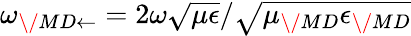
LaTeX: \omega_{{\/ {MD}}\leftarrow}=2\omega\sqrt{\mu\epsilon}/\sqrt{\mu_{\/ {MD}}\epsilon_{\/ {MD}}}